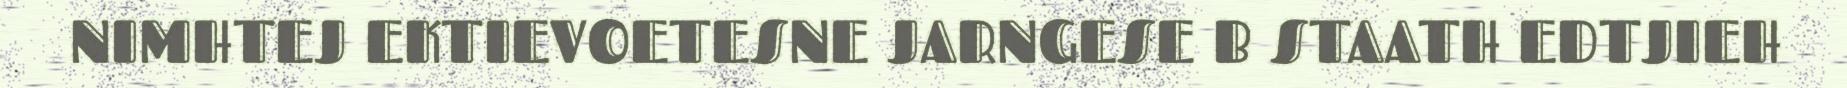
NIMHTEJ EKTIEVOETESNE JARNGESE B STAATH EDTJIEH